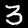
Digit: 3